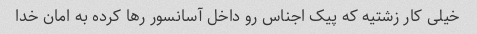
خیلی کار زشتیه که پیک اجناس رو داخل آسانسور رها کرده به امان خدا